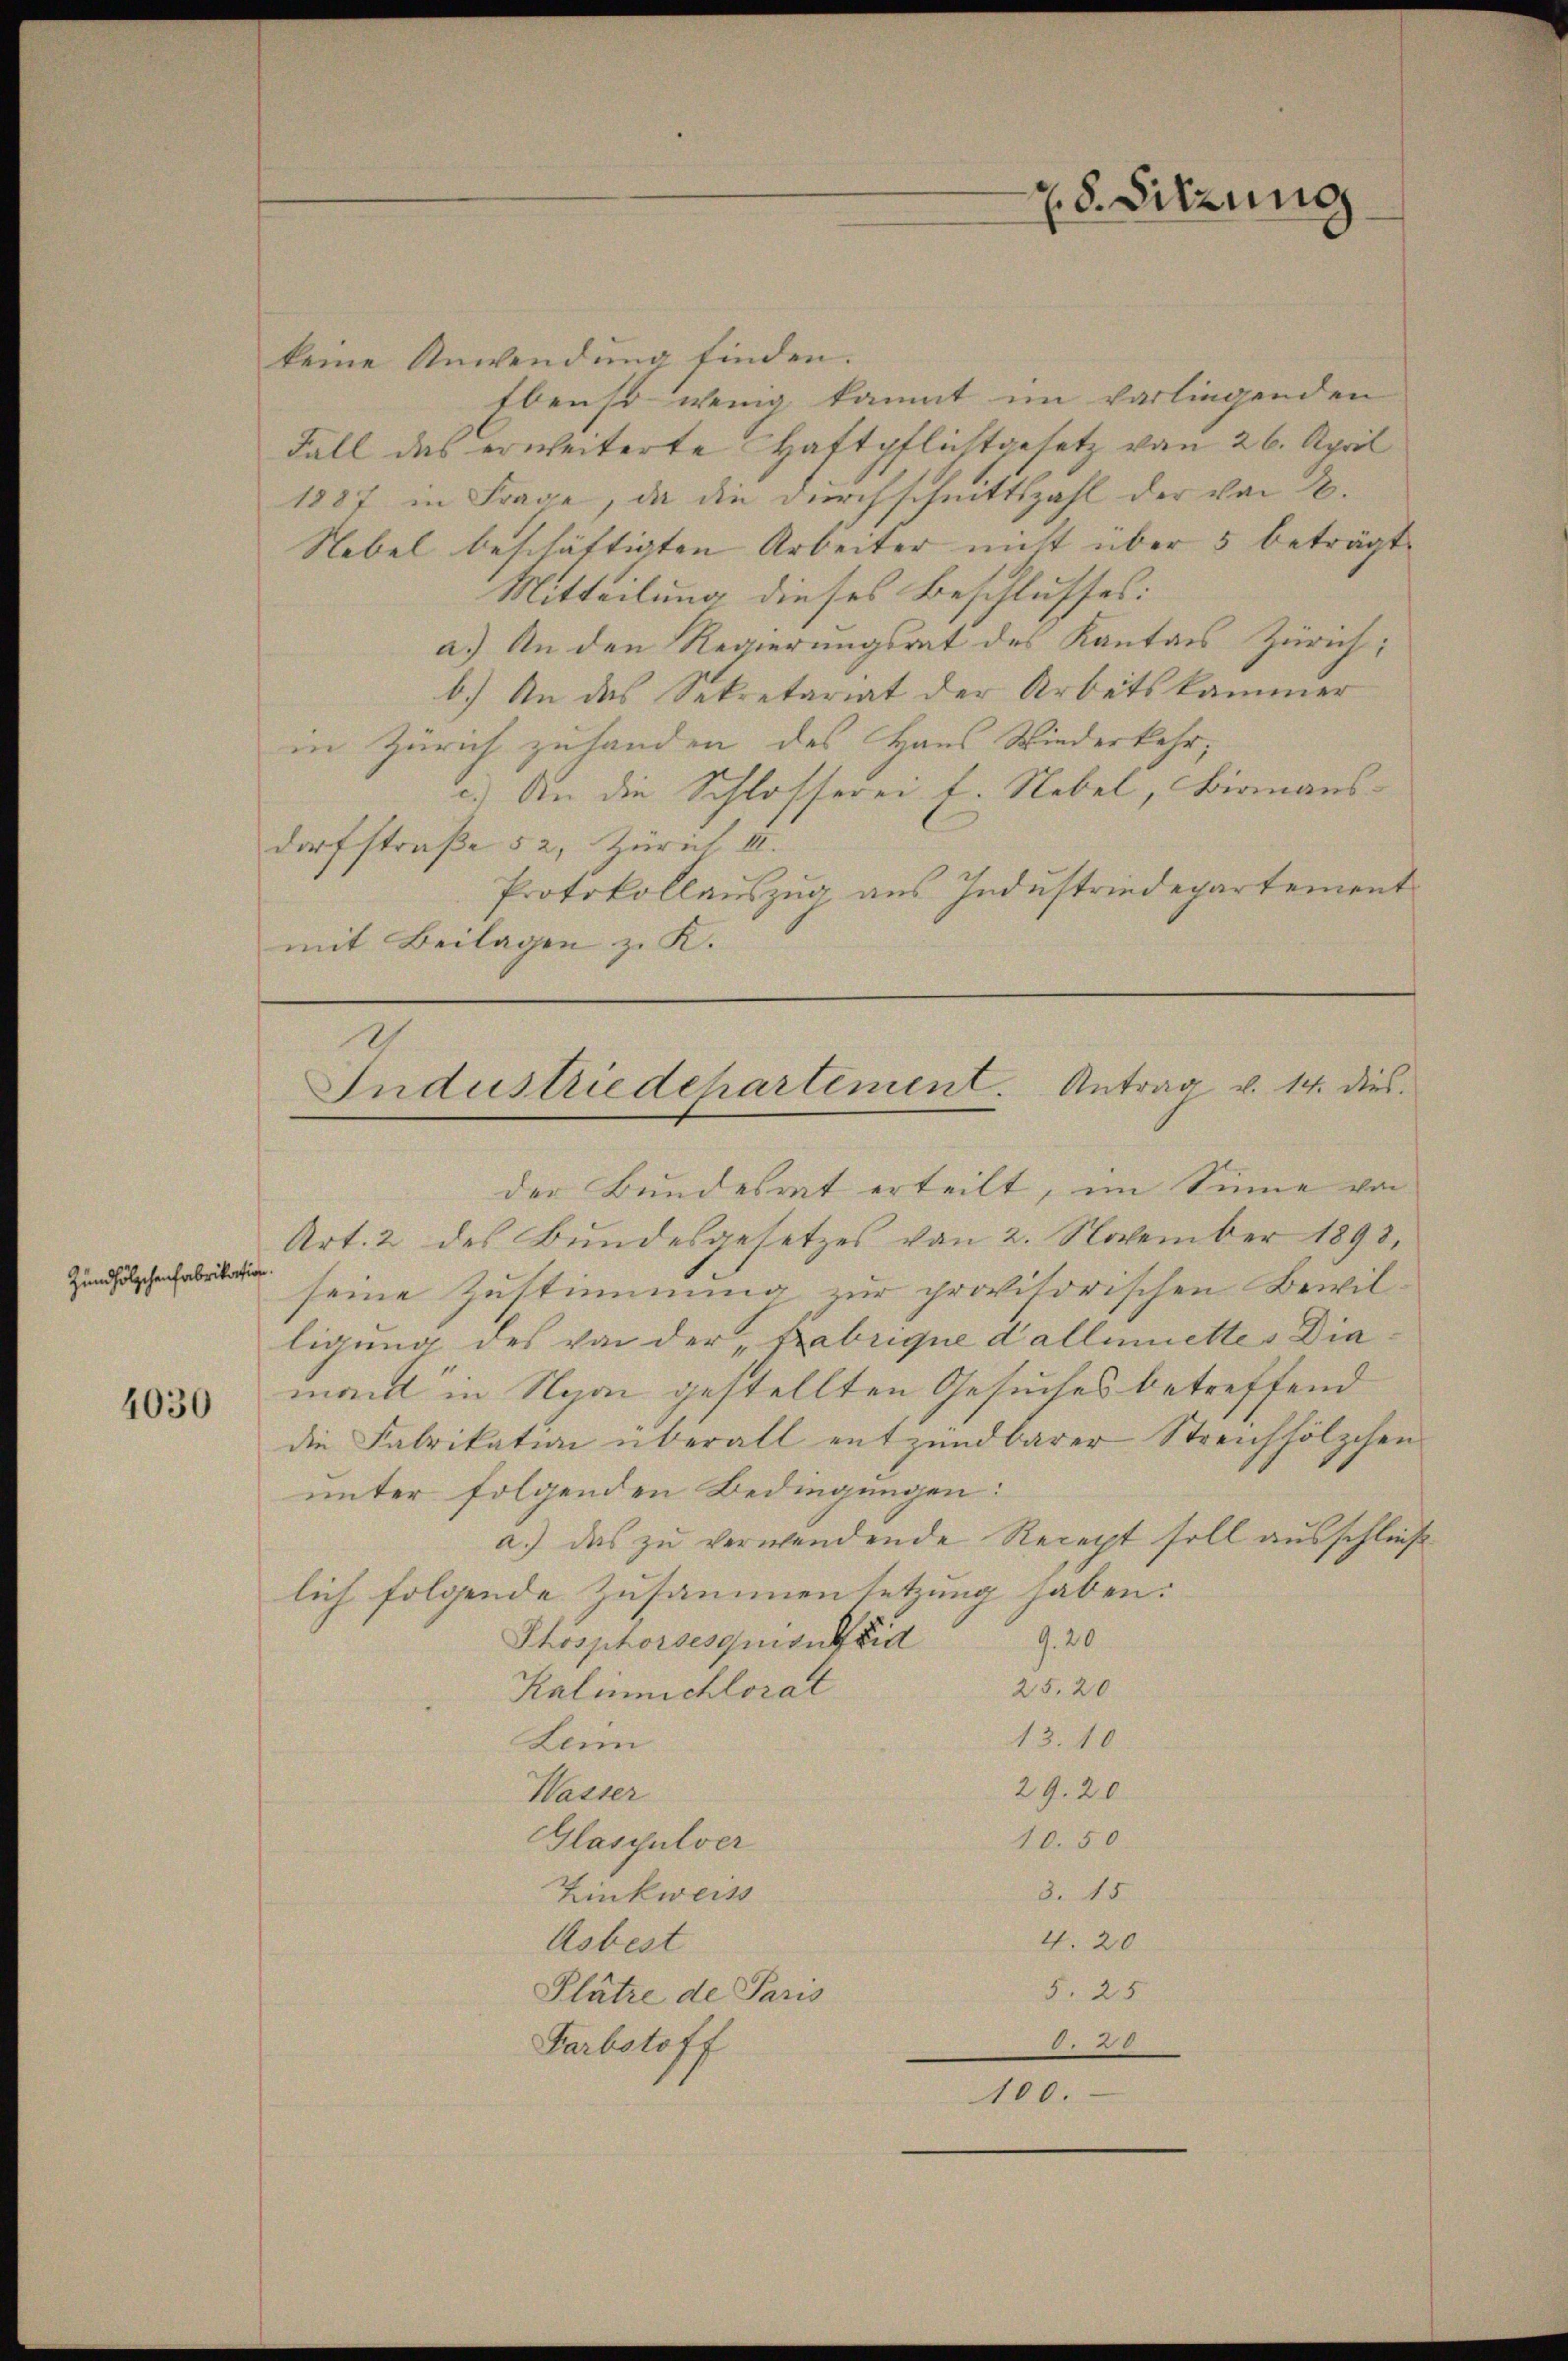
Zündhölzchenfabrikation

4030

keine Anwendung finden.
Ebenso wenig kannt im vorliegenden
Fall das erweiterte Haftpflichtgesetz von 26. April
1887 in Frage, da die Durchschnittszahl der von 2.
Nebel beschäftigten Arbeiter nicht über 5 beträgt.
Mitteilung dieses Beschlusses:
a.) An den Regierungsrat des Kanton Zürich;
b.) An das Sekretariat der Arbeitskammer
in Zürich zuhanden des Haus Wiederkehr,
c.) An die Schlosserei s. Nebel, Birnaus-
dorfstraße 52, Zürich II.
Protokollauszug aus Industriedepartement
mit Beilagen z. K.

der Bundesrat erteilt, im Sinne von
Art. 2 des Bundesgesetzes von 2. November 1893,
seine Zustimmung zur provisorischen Bewilligung des von der Fabrique dallimettes Diamant in Nyai gestellten Gesuches betreffend
die Fabrikation überall entzündbarer Streichhölzchen
unter folgenden Bedingungen:
a.) das zu verwendende Recept soll ausschließ
lich folgende Zusammensetzung haben:
Phosphorsesquisuffid
9. 20
25,20
Kalinschlorat
13.10
Lein
29. 20
Wasser
10.50.
Glaspulver
3. 15
Zinkweiss
4. 20
Asbest
5. 25
Plätze de Paris
800
Farbstoff
100.

Industriedchartement. Antrag v. 14. dies

8. Sitzung